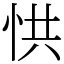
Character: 㤨